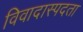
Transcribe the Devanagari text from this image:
विवादास्पदता